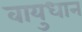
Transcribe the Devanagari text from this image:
वायुधान